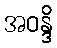
အဝန္ဒိ